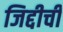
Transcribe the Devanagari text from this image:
जिद्दीची